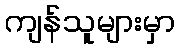
ကျန်သူများမှာ